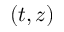
( t , z )